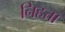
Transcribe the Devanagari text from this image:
निहत्ता